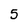
Character: 5